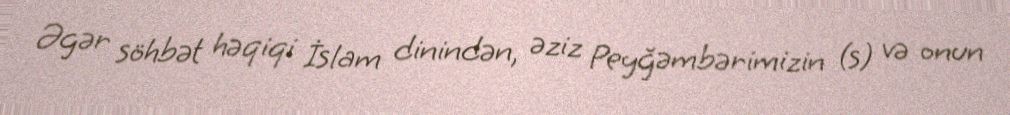
Əgər söhbət həqiqi İslam dinindən, əziz Peyğəmbərimizin (s) və onun